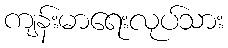
ကျန်းမာရေးလုပ်သား